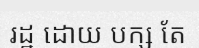
រដ្ឋ ដោយ បក្ស តែ